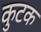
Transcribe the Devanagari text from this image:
कुटक